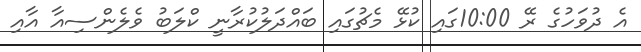
އެ ދުވަހުގެ ރޭ 10:00ގައި ކުޅޭ މެޗުގައި ބައްދަލުކުރާނީ ކްލަބު ވެލެންސިއާ އާއި